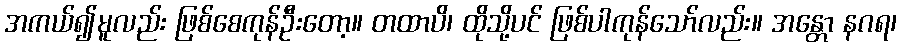
အကယ်၍မူလည်း ဖြစ်စေကုန်ဦးတော့။ တထာပိ၊ ထိုသို့ပင် ဖြစ်ပါကုန်သော်လည်း။ အန္တော နဂရ၊